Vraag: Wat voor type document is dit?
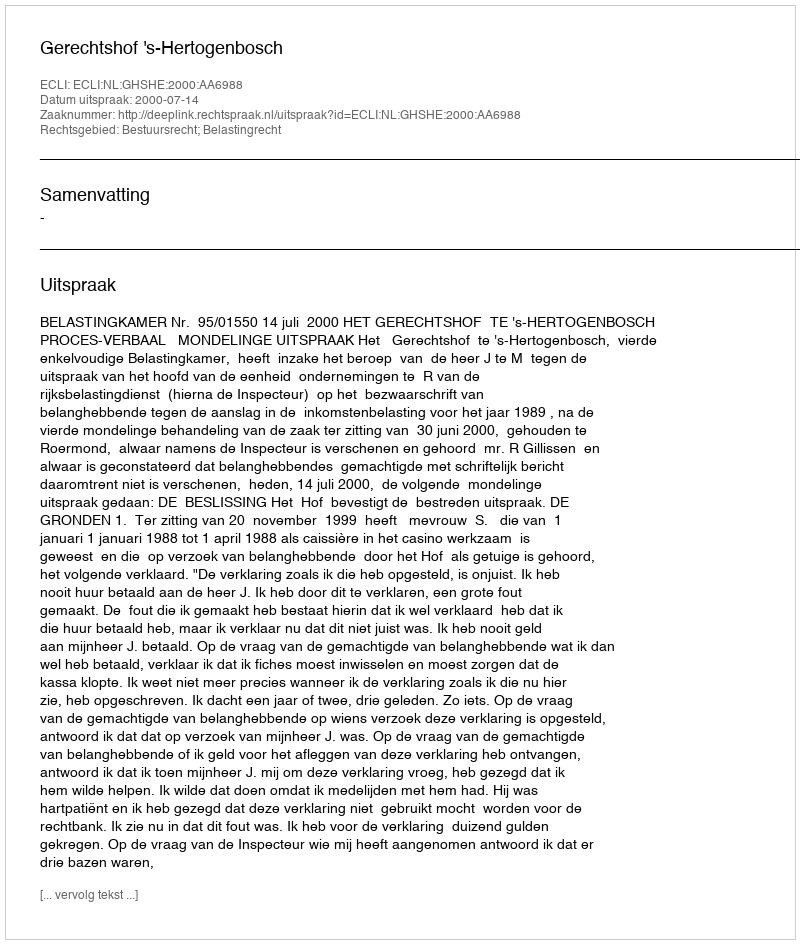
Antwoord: Uitspraak